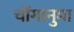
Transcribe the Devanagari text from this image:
चोंगानुमा